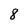
Character: 8